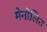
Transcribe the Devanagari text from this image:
मेनोलिउ